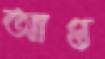
আপ্ত